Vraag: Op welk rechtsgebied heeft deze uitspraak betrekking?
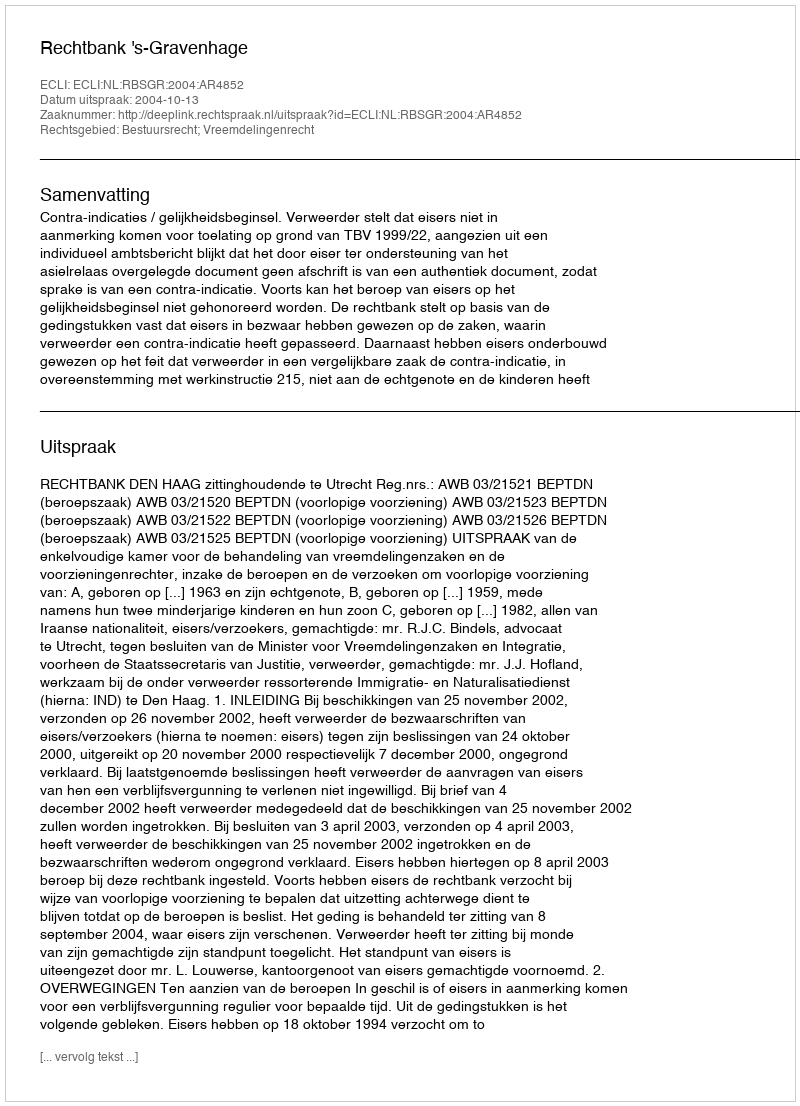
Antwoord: Bestuursrecht; Vreemdelingenrecht